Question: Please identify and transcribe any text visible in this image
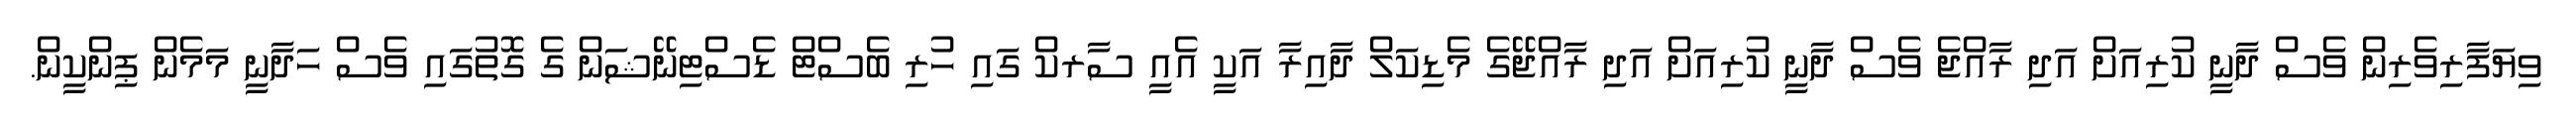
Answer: ވިޔަފާރިވެރިން ވެސް ދާނީ ކުރިއަށް އަދި ރާއްޖެ ވެސް ދާނީ ކުރިއަށް އަދި ރާއްޖޭގެ މެޑިކަލް ދާއިރާ އަކީ އެއީ ސާރކް ގައި ހުރި ބެސްޓް ޑެސްޓިނޭޝަން ގެ ގޮތުގައި ވެސް ހަދާނީ މަމެން ޕިންކީން.